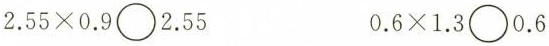
$$2.55\times0.9\bigcirc2.55$$ $$0.6\times1.3\bigcirc0.6$$